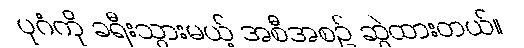
ပုဂံကို ခရီးသွားမယ့် အစီအစဉ် ဆွဲထားတယ်။